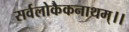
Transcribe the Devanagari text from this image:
सर्वलोकैकनाथम्।।